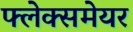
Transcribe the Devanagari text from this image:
फ्लेक्समेयर